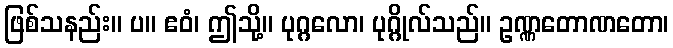
ဖြစ်သနည်း။ ပ။ ဧဝံ၊ ဤသို့။ ပုဂ္ဂလော၊ ပုဂ္ဂိုလ်သည်။ ဥဏ္ဏတောဏတော၊